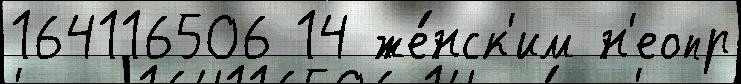
164116506 14 же́нск'им н'еопр